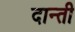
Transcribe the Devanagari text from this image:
दान्ती